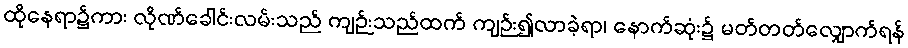
ထိုနေရာ၌ကား လိုဏ်ခေါင်းလမ်းသည် ကျဉ်းသည်ထက် ကျဉ်း၍လာခဲ့ရာ၊ နောက်ဆုံး၌ မတ်တတ်လျှောက်ရန်